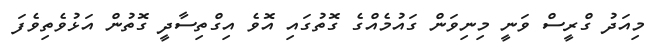
މިއަދު ގްރީސް ވަނީ މިނިވަން ގައުމެއްގެ ގޮތުގައި އޮވެ އިގްތިސާދީ ގޮތުން އަޅުވެތިވެފަ